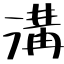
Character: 溝